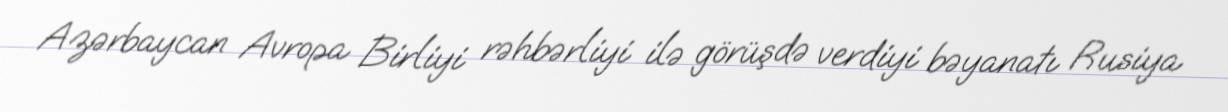
Azərbaycan Avropa Birliyi rəhbərliyi ilə görüşdə verdiyi bəyanatı Rusiya